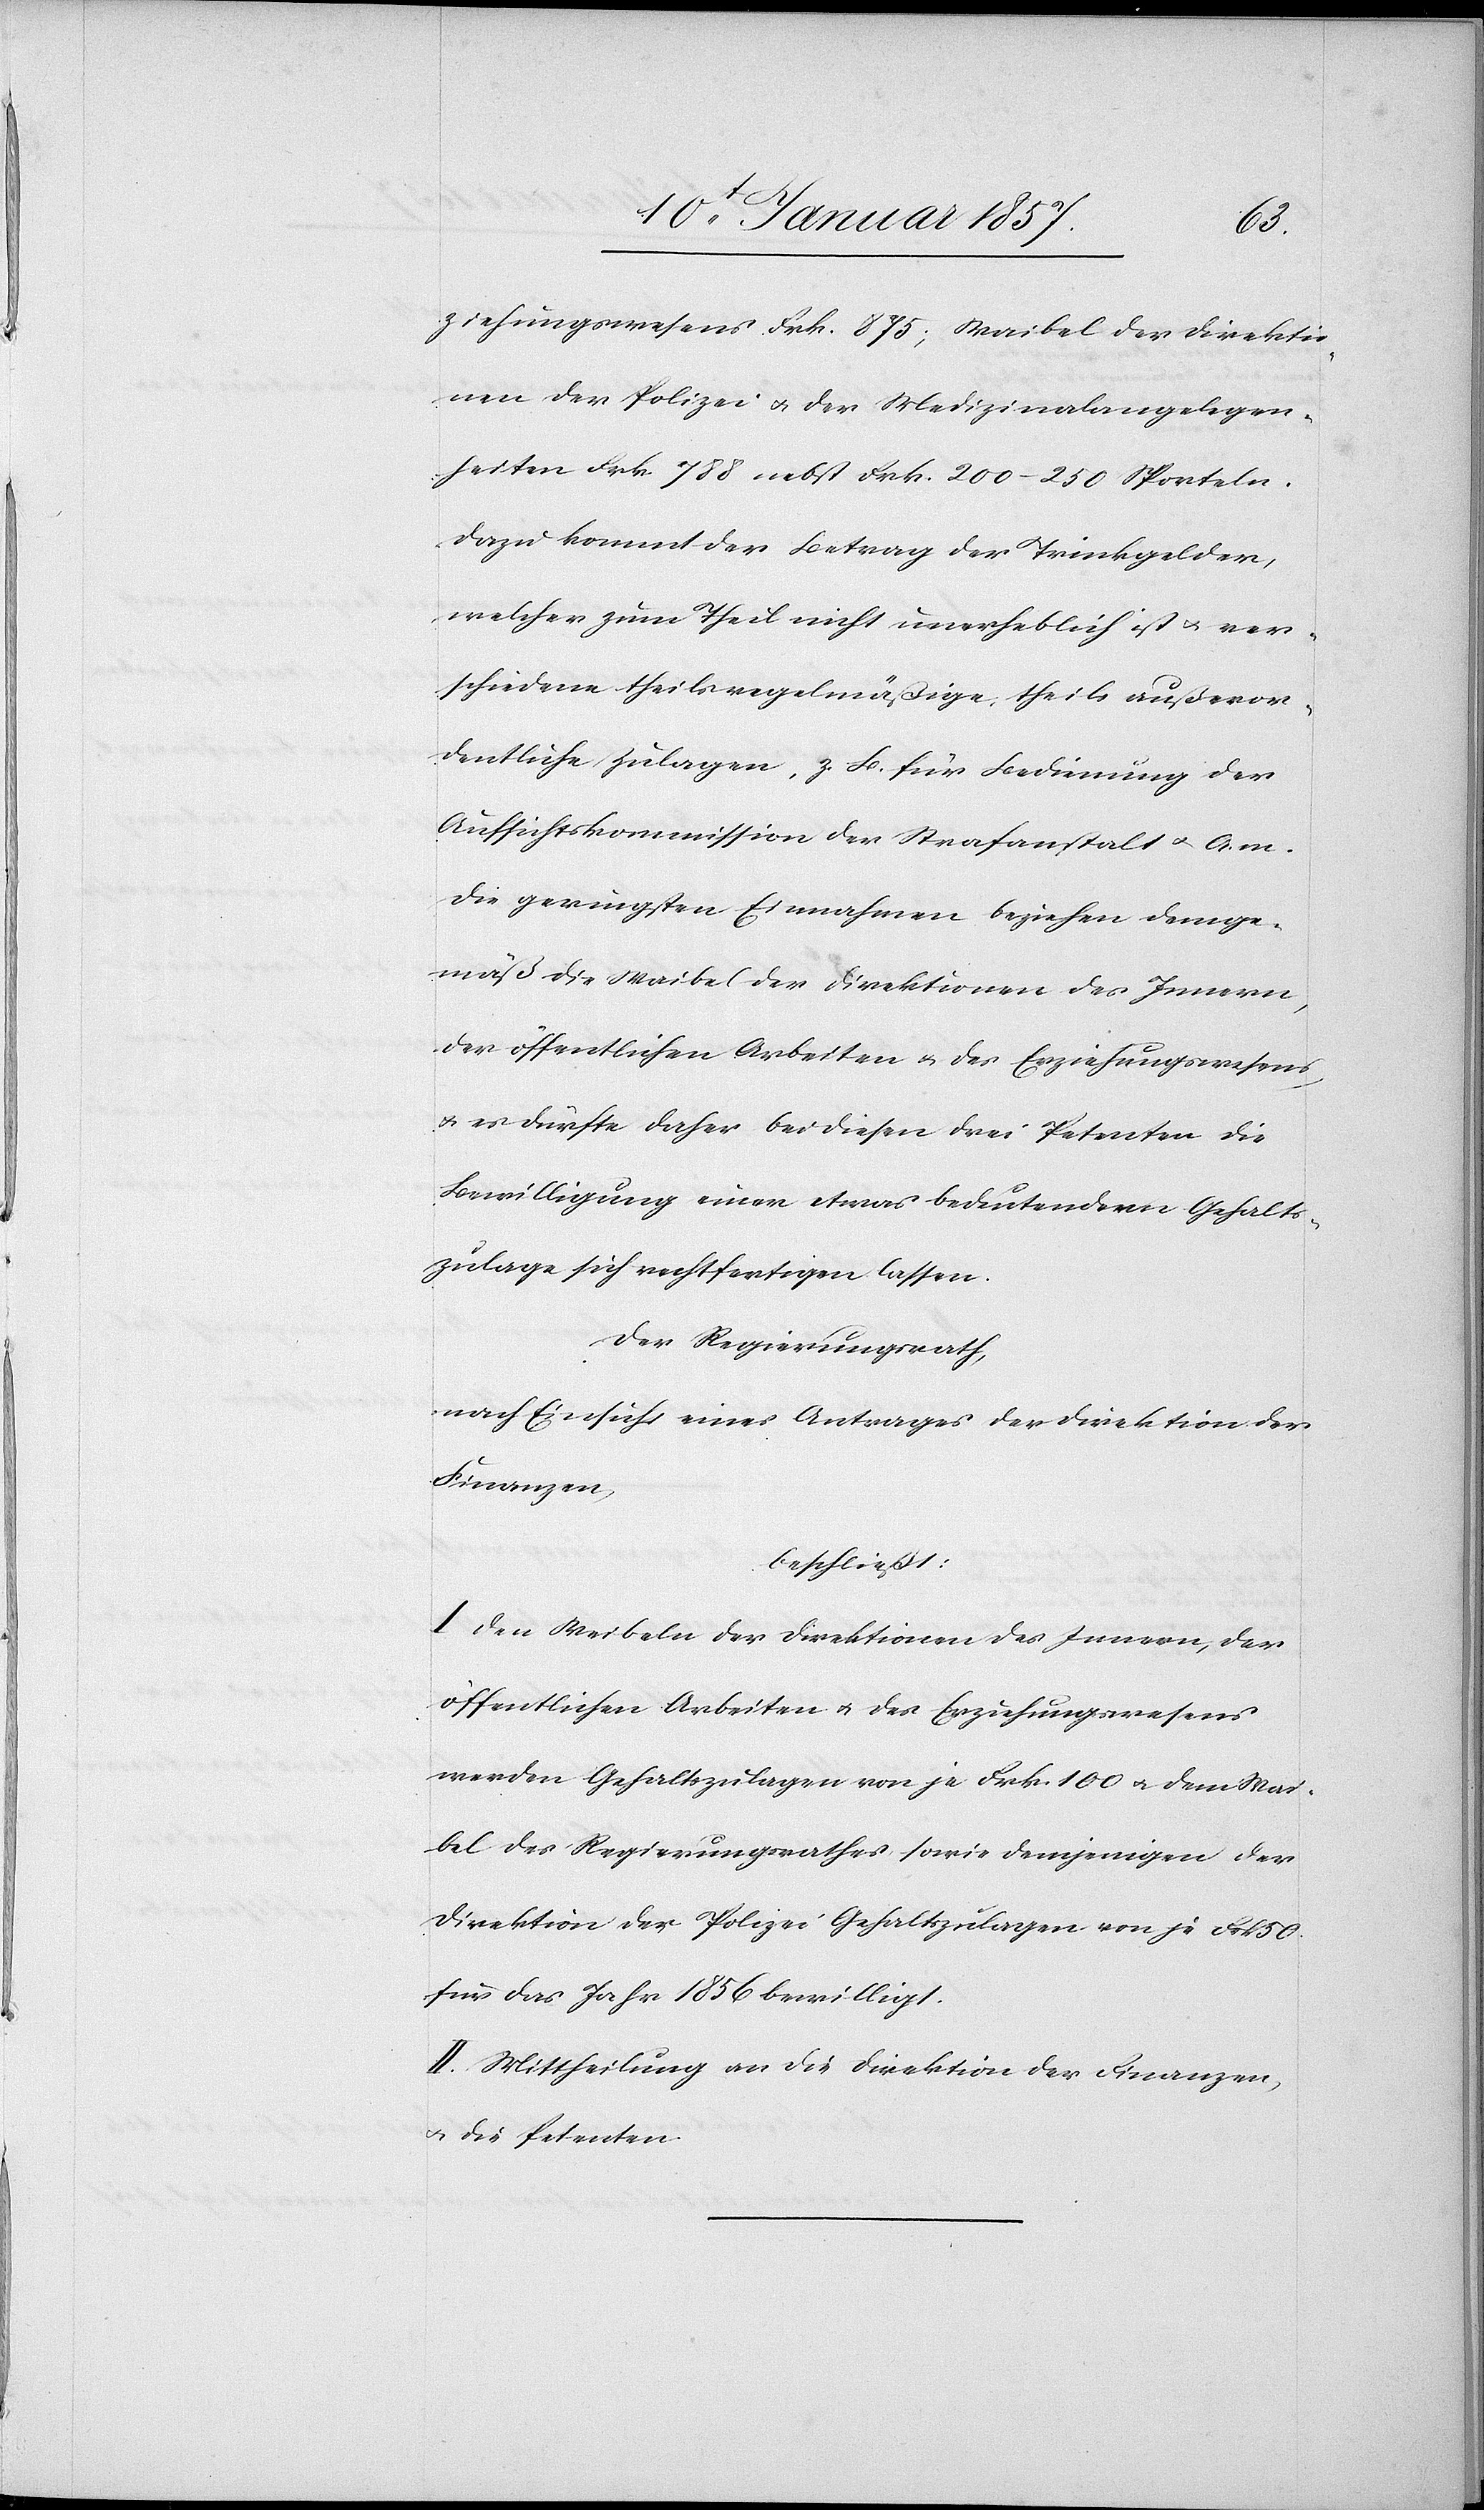
ziehungswesens Frk. 875; Waibel der Direktio¬
nen der Polizei & der Medizinalangelegen¬
heiten Frk. 788 nebst Frk. 200–250 Sporteln.
Dazu kommt der Betrag der Trinkgelder,
welcher zum Theil nicht unerheblich ist u. ver¬
schiedene theils regelmäßige, theils außeror¬
dentliche Zulagen, z. B. für Bedienung der
Aufsichtskommission der Strafanstalt & A.m.
Die geringsten Einnahmen beziehen demge¬
mäß die Waibel der Direktionen des Innern,
der öffentlichen Arbeiten & des Erziehungswesens
& es dürfte daher bei diesen drei Petenten die
Bewilligung einer etwas bedeutendern Gehalts¬
zulage sich rechtfertigen lassen.
Der Regierungsrath,
nach Einsicht eines Antrages der Direktion der
Finanzen,
beschließt:
I. Den Weibeln der Direktionen des Innern, der
öffentlichen Arbeiten & des Erziehungswesens
werden Gehaltszulagen von je Frk. 100 & dem Wai¬
bel des Regierungsrathes sowie demjenigen der
Direktion der Polizei Gehaltszulagen von je Frk 50
für das Jahr 1856 bewilligt.
II. Mittheilung an die Direktion der Finanzen
u. die Petenten.